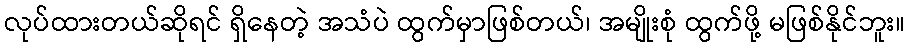
လုပ်ထားတယ်ဆိုရင် ရှိနေတဲ့ အသံပဲ ထွက်မှာဖြစ်တယ်၊ အမျိုးစုံ ထွက်ဖို့ မဖြစ်နိုင်ဘူး။